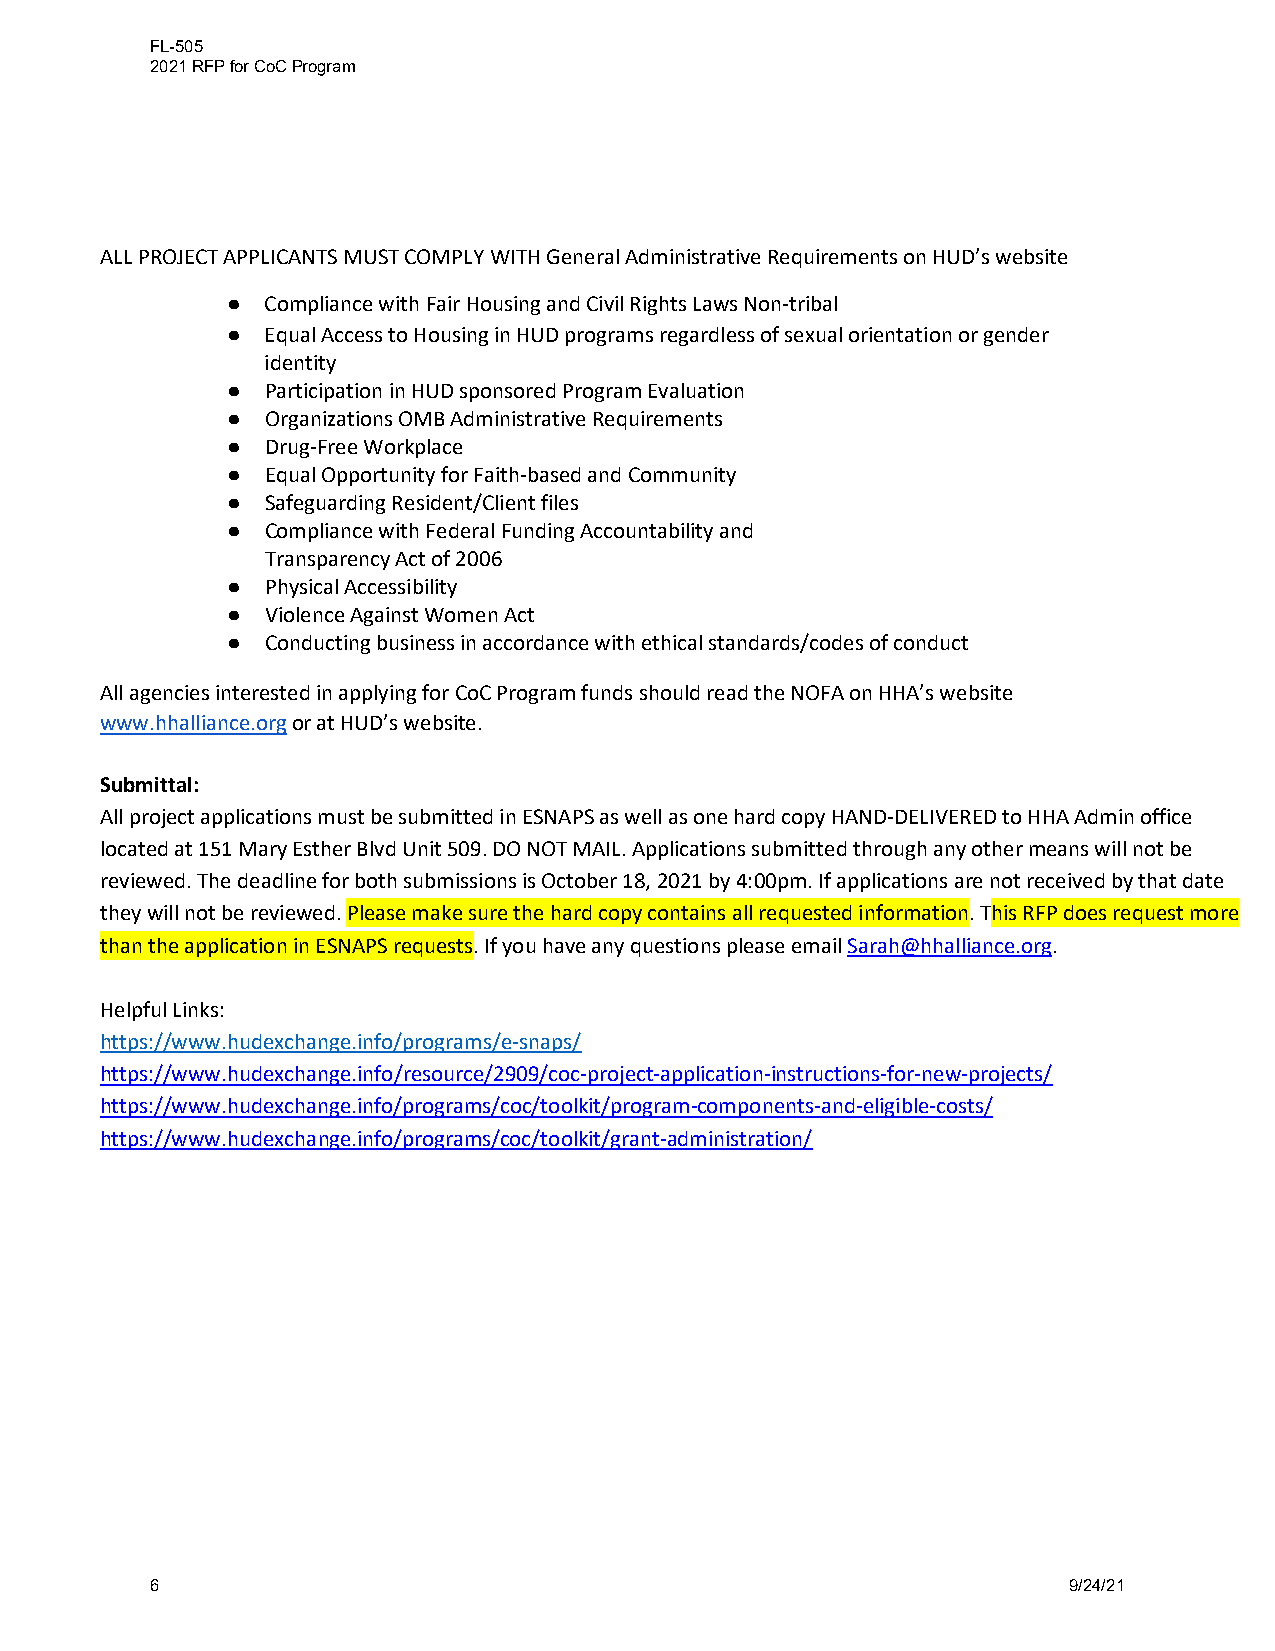
FL-505
 2021 RFP for CoC Program
 ALL PROJECT APPLICANTS MUST COMPLY WITH General Administrative Requirements on HUD’s website
 ●  Compliance with Fair Housing and Civil Rights Laws Non-tribal
 ●  Equal Access to Housing in HUD programs regardless of sexual orientation or gender
 identity
 ●  Participation in HUD sponsored Program Evaluation
 ●  Organizations OMB Administrative Requirements
 ●  Drug-Free Workplace
 ●  Equal Opportunity for Faith-based and Community
 ●  Safeguarding Resident/Client files
 ●  Compliance with Federal Funding Accountability and
 Transparency Act of 2006
 ●  Physical Accessibility
 ●  Violence Against Women Act
 ●  Conducting business in accordance with ethical standards/codes of conduct
 All agencies interested in applying for CoC Program funds should read the NOFA on HHA’s website
 www.hhalliance.org or at HUD’s website.
 Submittal:
 All project applications must be submitted in ESNAPS as well as one hard copy HAND-DELIVERED to HHA Admin office
 located at 151 Mary Esther Blvd Unit 509. DO NOT MAIL. Applications submitted through any other means will not be
 reviewed. The deadline for both submissions is October 18, 2021 by 4:00pm. If applications are not received by that date
 they will not be reviewed. Please make sure the hard copy contains all requested information. This RFP does request more
 than the application in ESNAPS requests. If you have any questions please email Sarah@hhalliance.org.
 Helpful Links:
 https://www.hudexchange.info/programs/e-snaps/
 https://www.hudexchange.info/resource/2909/coc-project-application-instructions-for-new-projects/
 https://www.hudexchange.info/programs/coc/toolkit/program-components-and-eligible-costs/
 https://www.hudexchange.info/programs/coc/toolkit/grant-administration/
 6                                                            9/24/21